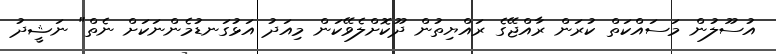
އުސޫލުން މަސައްކަތް ކުރަން ރާއްޖޭގެ ރައްޔިތުން ދޫކޮށްލެވޭކަން މިއަދު އަޅުގަނޑުމެންނަކަށް ނެތް" ނަޝީދު